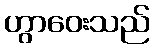
ဟွာဝေးသည်